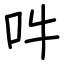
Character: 吽